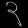
Digit: ၃